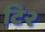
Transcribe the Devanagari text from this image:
टि२